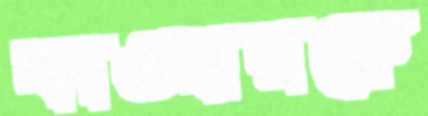
কাওসারকে